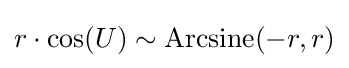
r\cdot \cos(U)\sim {\rm {Arcsine}}(-r,r)